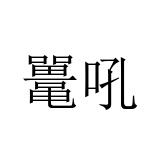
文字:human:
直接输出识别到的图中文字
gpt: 鼍吼